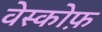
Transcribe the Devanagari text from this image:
वेस्कोफ़